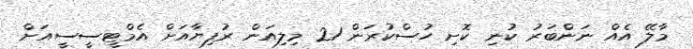
މާލޭ އެއް ނަންބަރު ކުނި ކޮށި ހުސްކުރަން 21 މިލިއަން ރުފިޔާއަށް އެމްޓީސީސީއަށް